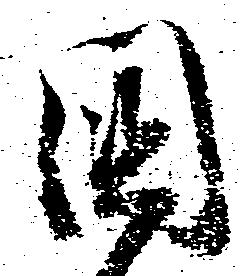
国